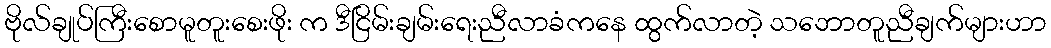
ဗိုလ်ချုပ်ကြီးစောမူတူးစေးဖိုး က ဒီငြိမ်းချမ်းရေးညီလာခံကနေ ထွက်လာတဲ့ သဘောတူညီချက်များဟာ